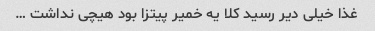
غذا خیلی دیر رسید کلا یه خمیر پیتزا بود هیچی نداشت …